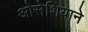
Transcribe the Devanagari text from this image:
ओसेशियाने